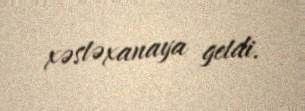
xəstəxanaya getdi.